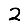
Digit: 2